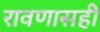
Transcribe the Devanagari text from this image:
रावणासही